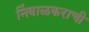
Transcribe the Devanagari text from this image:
निंबाळकराची